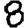
Digit: 8